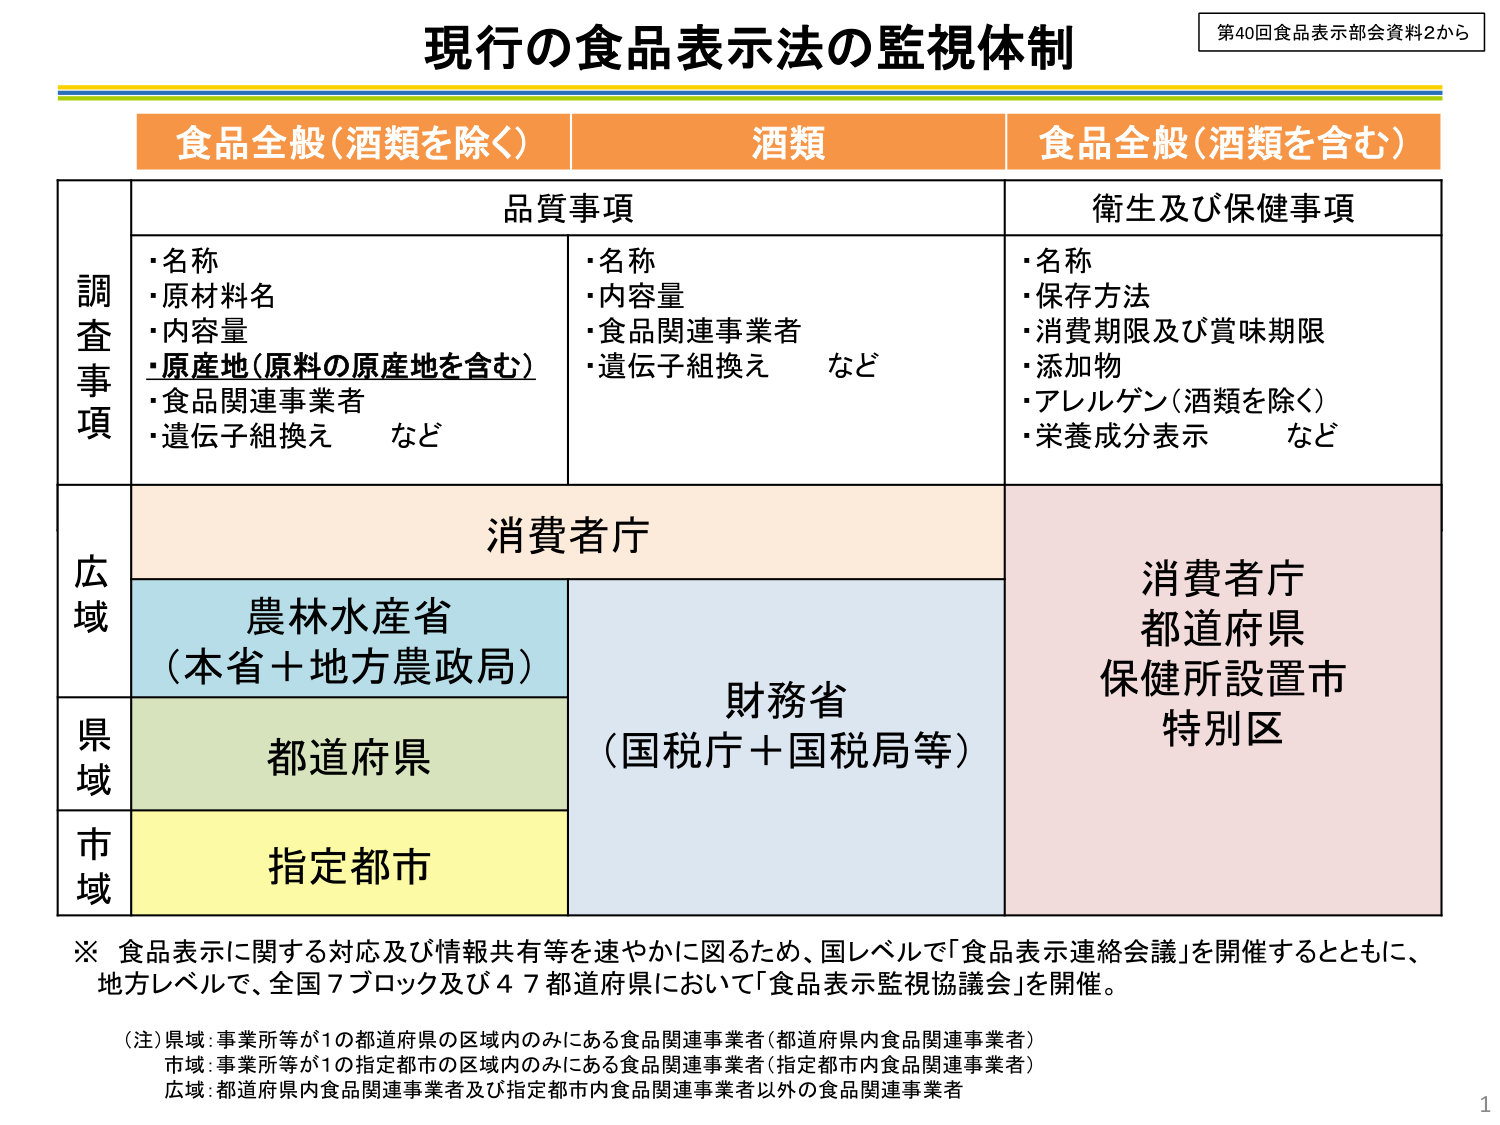
現行の食品表示法の監視体制

第40回食品表示部会資料2から

食品全般（酒類を除く）　　酒類　　食品全般（酒類を含む）

調査事項
　品質事項
　　・名称
　　・原材料名
　　・内容量
　　・原産地（原料の原産地を含む）
　　・食品関連事業者
　　・遺伝子組換え　など
　　・名称
　　・内容量
　　・食品関連事業者
　　・遺伝子組換え　など
　衛生及び保健事項
　　・名称
　　・保存方法
　　・消費期限及び賞味期限
　　・添加物
　　・アレルゲン（酒類を除く）
　　・栄養成分表示　など

広域
　消費者庁
　農林水産省
　（本省＋地方農政局）
　財務省
　（国税庁＋国税局等）
　消費者庁
　都道府県
　保健所設置市
　特別区

県域
　都道府県

市域
　指定都市

※ 食品表示に関する対応及び情報共有等を速やかに図るため、国レベルで「食品表示連絡会議」を開催するとともに、
　地方レベルで、全国７ブロック及び４７都道府県において「食品表示監視協議会」を開催。

（注）県域：事業所等が１の都道府県の区域内のみにある食品関連事業者（都道府県内食品関連事業者）
　市域：事業所等が１の指定都市の区域内のみにある食品関連事業者（指定都市内食品関連事業者）
　広域：都道府県内食品関連事業者及び指定都市内食品関連事業者以外の食品関連事業者

1